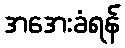
အအေးခံရန်